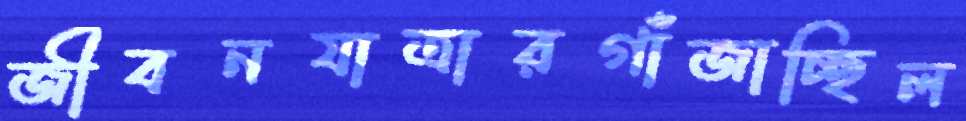
জীবনযাত্রারগাঁজাচ্ছিল